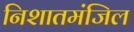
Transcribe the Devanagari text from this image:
निशातमंजिल